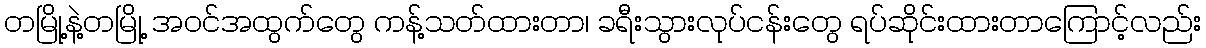
တမြို့နဲ့တမြို့ အဝင်အထွက်တွေ ကန့်သတ်ထားတာ၊ ခရီးသွားလုပ်ငန်းတွေ ရပ်ဆိုင်းထားတာကြောင့်လည်း